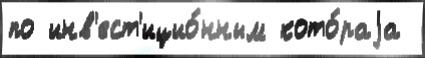
по инв'ест'ицио́нным кото́раjа